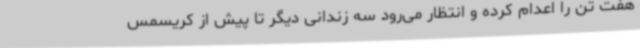
هفت تن را اعدام کرده و انتظار می‌رود سه زندانی دیگر تا پیش از کریسمس